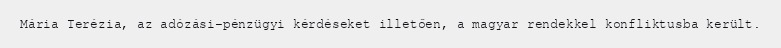
Mária Terézia, az adózási-pénzügyi kérdéseket illetően, a magyar rendekkel konfliktusba került.